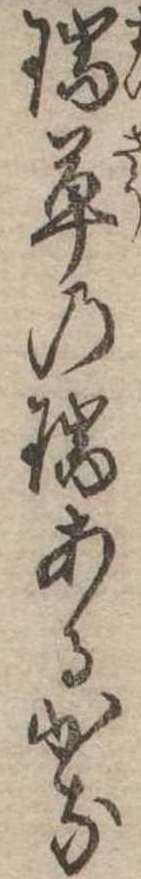
瑞草の瑞あるかな